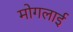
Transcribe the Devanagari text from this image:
मोगलार्इ